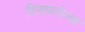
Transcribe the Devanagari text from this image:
विसावलेल्या